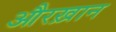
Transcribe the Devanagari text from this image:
औरख़ान